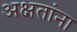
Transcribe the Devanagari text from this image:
अक्षतांना